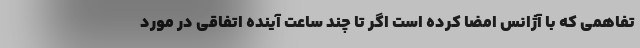
تفاهمی که با آژانس امضا کرده است اگر تا چند ساعت آینده اتفاقی در مورد